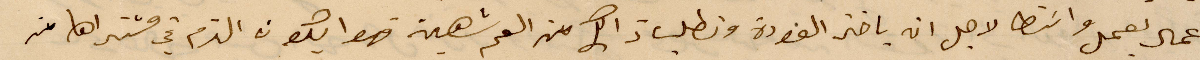
عمال يعمل واسطا لاحل انه يأخذ الفودة ونطلب ذالك من العم شهين فهو يكون الذم في مشتراها من